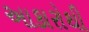
આકારોથી